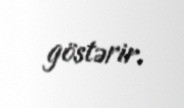
göstərir.